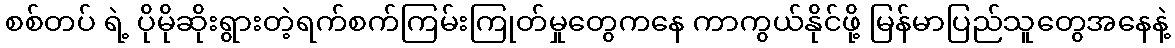
စစ်တပ် ရဲ့ ပိုမိုဆိုးရွားတဲ့ရက်စက်ကြမ်းကြုတ်မှုတွေကနေ ကာကွယ်နိုင်ဖို့ မြန်မာပြည်သူတွေအနေနဲ့